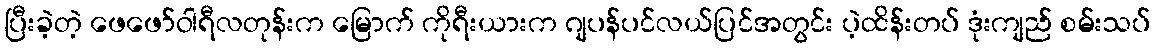
ပြီးခဲ့တဲ့ ဖေဖော်ဝါရီလတုန်းက မြောက် ကိုရီးယားက ဂျပန်ပင်လယ်ပြင်အတွင်း ပဲ့ထိန်းတပ် ဒုံးကျည် စမ်းသပ်